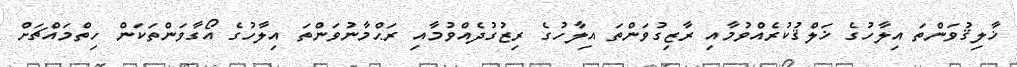
ޚާލިޤުވަންތަ އިލާހުގެ ޚަލްޤުކުރެއްވުމާއި ރާޒިގުވަންތަ އިލާހުގެ ރިޒުގުދެއްވުމާއި ރަޙްމާނުވަންތަ އިލާހުގެ އޯގާވަންތަކަން ހިތްމައްޗަށް